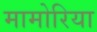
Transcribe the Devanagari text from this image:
मामोरिया